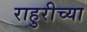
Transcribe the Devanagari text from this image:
राहुरीच्या